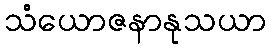
သံယောဇနာနုသယာ